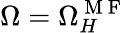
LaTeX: \Omega=\Omega_{H}^{\mathrm{~M~F~}}